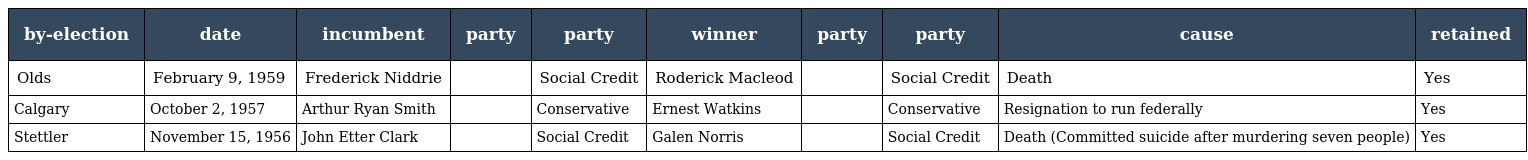
| by-election | date | incumbent | party | party | winner | party | party | cause | retained |
 | --- | --- | --- | --- | --- | --- | --- | --- | --- | --- |
 | Olds | February 9, 1959 | Frederick Niddrie |  | Social Credit | Roderick Macleod |  | Social Credit | Death | Yes |
 | Calgary | October 2, 1957 | Arthur Ryan Smith |  | Conservative | Ernest Watkins |  | Conservative | Resignation to run federally | Yes |
 | Stettler | November 15, 1956 | John Etter Clark |  | Social Credit | Galen Norris |  | Social Credit | Death (Committed suicide after murdering seven people) | Yes |